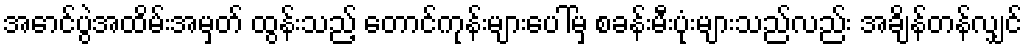
အောင်ပွဲအထိမ်းအမှတ် ထွန်းသည့် တောင်ကုန်းများပေါ်မှ စခန်းမီးပုံးများသည်လည်း အချိန်တန်လျှင်